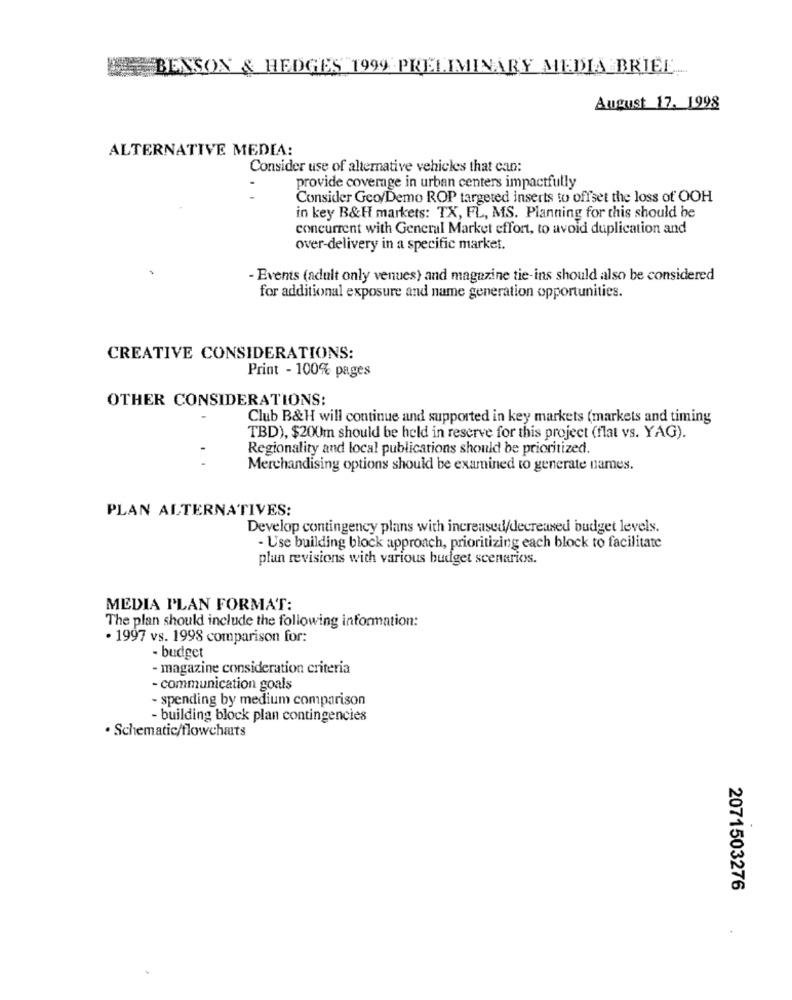
BENSON & HEDGES 1999 PRELIMINARY MEDIA BRIEE.
August 17, 1998
ALTERNATIVE MEDIA:
Consider use of alternative vehicles that can:
provide coverage in urban centers impactfully
Consider Geo/Demo ROP targeted inserts to offset the loss of OOH
in key B&H markets: TX, FL, MS. Planning for this should be
concurrent with General Market effort, to avoid duplication and
over-delivery in a specific market.
- Events (adult only venues) and magazine tie-ins should also be considered
for additional exposure and name generation opportunities.
CREATIVE CONSIDERATIONS:
Print - 100% pages
OTHER CONSIDERATIONS:
Club B&H will continue and supported in key markets (markets and timing
TBD), $200m should be held in reserve for this project (flat vs. YAG).
Regionality and local publications should be prioritized.
Merchandising options should be examined to generate names.
PLAN ALTERNATIVES:
Develop contingency plans with increased/decreased budget levels.
- Use building block approach, prioritizing each block to facilitate
plan revisions with various budget scenarios.
MEDIA PLAN FORMAT:
The plan should include the following information:
· 1997 vs. 1998 comparison for:
·budget
- magazine consideration criteria
- communication goals
- spending by medium comparison
- building block plan contingencies
. Schematic/flowcharts
2071503276